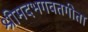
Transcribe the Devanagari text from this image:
श्रीमदभगवतगीता